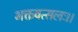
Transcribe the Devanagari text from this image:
भक्तवत्सलः।।